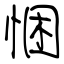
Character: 悃